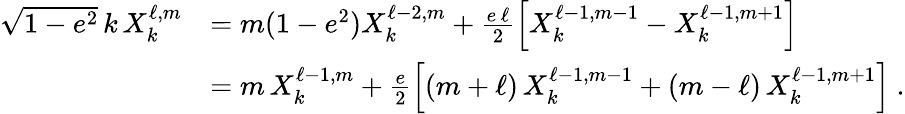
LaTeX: \begin{array}{rl}{\sqrt{1-e^{2}}\, k\, X_{k}^{\ell,m}}&{=m(1-e^{2})X_{k}^{\ell-2,m}+\frac{e\, \ell}{2}\left[X_{k}^{\ell-1,m-1}-X_{k}^{\ell-1,m+1}\right]}\\ &{=m\, X_{k}^{\ell-1,m}+\frac{e}{2}\left[(m+\ell)\, X_{k}^{\ell-1,m-1}+(m-\ell)\, X_{k}^{\ell-1,m+1}\right]\ .}\end{array}